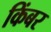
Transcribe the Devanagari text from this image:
किंबर